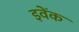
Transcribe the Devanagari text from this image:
इवेंक